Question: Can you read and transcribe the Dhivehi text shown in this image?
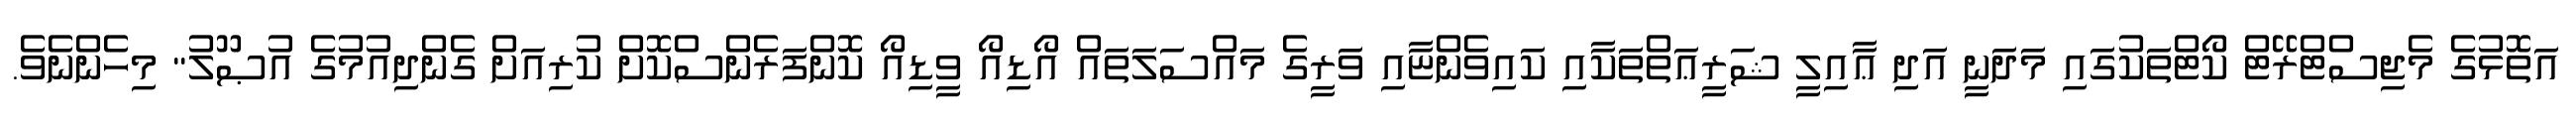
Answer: އަތޮޅުގެ މެޖިސްޓްރޭޓް ކޯޓްތަކުގައި މަދަނީ އަދި ޢާއިލީ ޝަރީޢަތްތަކާއި ކައިވެންޏާއި ވަރީގެ މައްސަލަތައް އޯޑިއޯ ވީޑިއޯ ކޮންފަރެންސްކޮށް ކުރިއަށް ގެންދިއުމުގެ އުޞޫލު" މިހެންނެވެ.